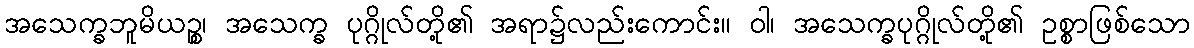
အသေက္ခဘူမိယဉ္စ၊ အသေက္ခ ပုဂ္ဂိုလ်တို့၏ အရာ၌လည်းကောင်း။ ဝါ၊ အသေက္ခပုဂ္ဂိုလ်တို့၏ ဥစ္စာဖြစ်သော